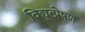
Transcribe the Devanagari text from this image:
विद्युत्प्रेषण